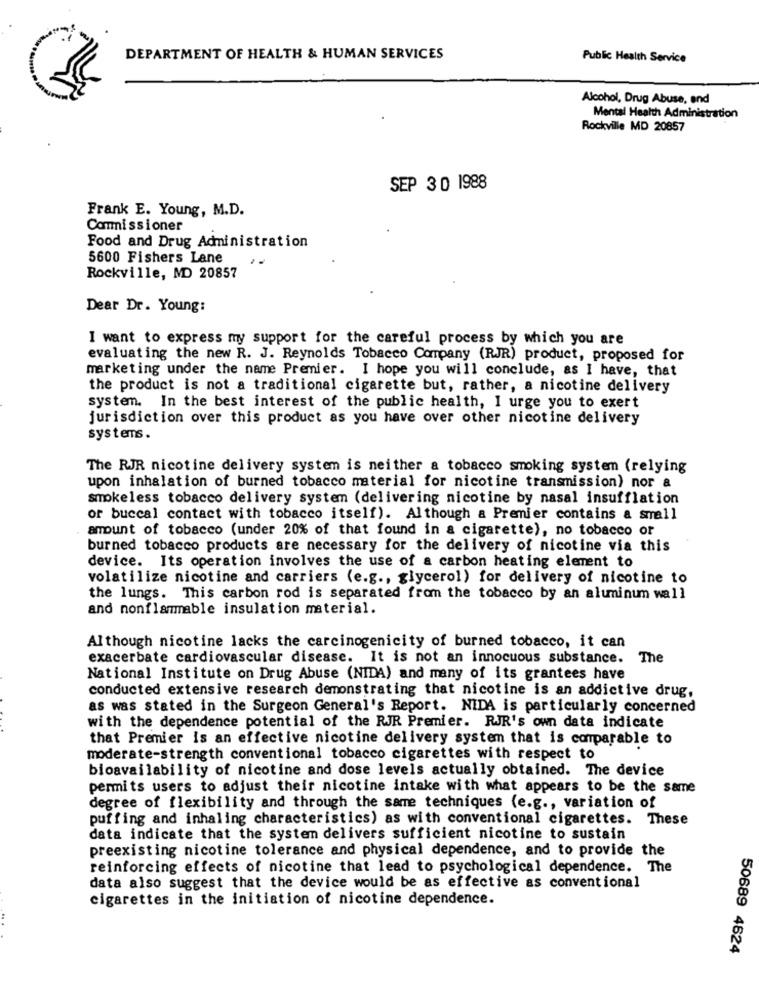
DEPARTMENT OF HEALTH & HUMAN SERVICES
Public Health Service
Alcohol, Drug Abuse, and
Mental Health Administration
Rockville MD 20857
SEP 30 1988
Frank E. Young, M.D.
Commissioner
Food and Drug Administration
5600 Fishers Lane
Rockville, MD 20857
Dear Dr. Young:
I want to express my support for the careful process by which you are
evaluating the new R. J. Reynolds Tobacco Company (RJR) product, proposed for
marketing under the name Premier. I hope you will conclude, as I have, that
the product is not a traditional cigarette but, rather, a nicotine delivery
system. In the best interest of the public health, I urge you to exert
jurisdiction over this product as you have over other nicotine delivery
systems .
The RJR nicotine delivery system is neither a tobacco smoking system (relying
upon inhalation of burned tobacco material for nicotine transmission) nor &
smokeless tobacco delivery system (delivering nicotine by nasal insufflation
or buccal contact with tobacco itself). Although a Premier contains a small
amount of tobacco (under 20% of that found in a cigarette), no tobacco or
burned tobacco products are necessary for the delivery of nicotine via this
device. Its operation involves the use of a carbon heating element to
volatilize nicotine and carriers (e.g ., glycerol) for delivery of nicotine to
the lungs. This carbon rod is separated from the tobacco by an aluminum wall
and nonflammable insulation material.
Although nicotine lacks the carcinogenicity of burned tobacco, it can
exacerbate cardiovascular disease. It is not an innocuous substance.
The
National Institute on Drug Abuse (NIDA) and many of its grantees have
conducted extensive research demonstrating that nicotine is an addictive drug,
as was stated in the Surgeon General's Report. NIDA is particularly concerned
with the dependence potential of the RJR Premier. RJR's own data indicate
that Premier is an effective nicotine delivery system that is comparable to
moderate-strength conventional tobacco cigarettes with respect to
bioavailability of nicotine and dose levels actually obtained. The device
permits users to adjust their nicotine intake with what appears to be the same
degree of flexibility and through the same techniques (e.g ., variation of
puffing and inhaling characteristics) as with conventional cigarettes. These
data indicate that the systemn delivers sufficient nicotine to sustain
preexisting nicotine tolerance and physical dependence, and to provide the
reinforcing effects of nicotine that lead to psychological dependence. The
data also suggest that the device would be as effective as conventional
cigarettes in the initiation of nicotine dependence.
50689 4624